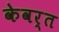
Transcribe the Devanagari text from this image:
केवर्त